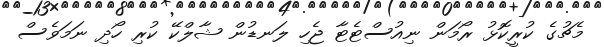
މެޗުގެ ކުރީކޮޅު ރޯމަން ނިއުސްޓެޓާ ޖެހި ލަނޑުން ޝާލްކޭ ކުރި ހޯދި ނަމަވެސް